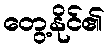
တွေ့နိုင်၏